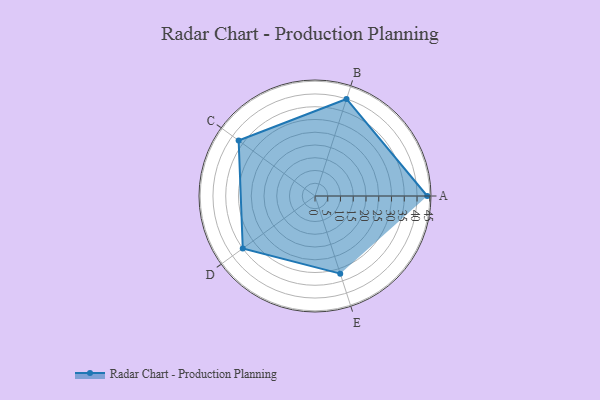
{"axis": {"x": "Skill", "y": "Score"}, "legend": ["Profile"], "data": [{"x": "A", "y": 44.0, "type": "Profile"}, {"x": "B", "y": 40.0, "type": "Profile"}, {"x": "C", "y": 37.0, "type": "Profile"}, {"x": "D", "y": 35.0, "type": "Profile"}, {"x": "E", "y": 32.0, "type": "Profile"}]}